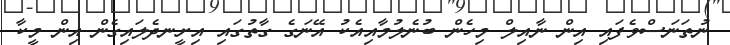
ނުތަނަސްވެފައި އިން ނާއިލް މިހެން ބުނެލުމާއިއެކު އޭނަގެ ގާތުގައި އިށީނދެލައިގެން އިން މީކާ